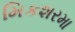
મિકશરમા